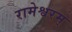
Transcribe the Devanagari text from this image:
रामेश्वरम्‌